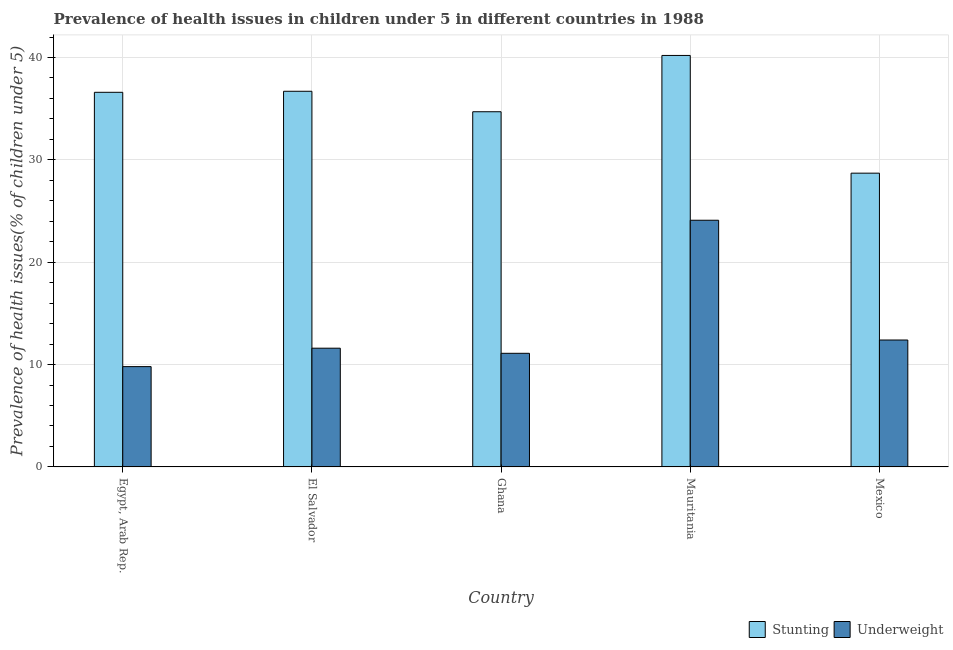
| Country | Stunting | Underweight |
 | --- | --- | --- |
 | Egypt, Arab Rep. | 36.6 | 9.8 |
 | El Salvador | 36.7 | 11.6 |
 | Ghana | 34.7 | 11.1 |
 | Mauritania | 40.2 | 24.1 |
 | Mexico | 28.7 | 12.4 |